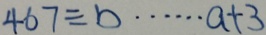
4 6 7 \div b \cdots a + 3